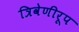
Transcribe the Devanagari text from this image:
त्रिवेणीरूप